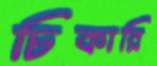
চিকারি